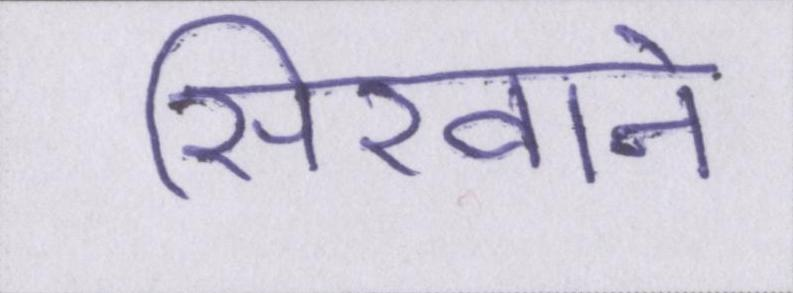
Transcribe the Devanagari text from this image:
सिखाने